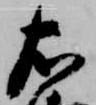
右